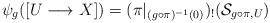
LaTeX: \begin{align*}\psi_g ([U \longrightarrow X])= (\pi|_{(g \circ \pi )^{-1}(0)})_! (\mathcal{S}_{g \circ \pi,U})\end{align*}